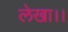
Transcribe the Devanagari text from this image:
लेखा।।